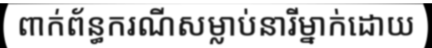
ពាក់ព័ន្ធករណីសម្លាប់នារីម្នាក់ដោយ